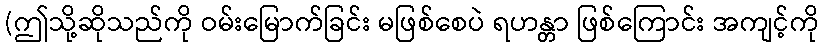
(ဤသို့ဆိုသည်ကို ဝမ်းမြောက်ခြင်း မဖြစ်စေပဲ ရဟန္တာ ဖြစ်ကြောင်း အကျင့်ကို